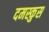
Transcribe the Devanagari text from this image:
दमस्कुस